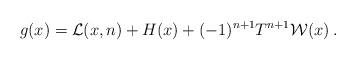
LaTeX: \begin{align*}g(x)=\mathcal{L}(x,n)+H(x)+(-1)^{n+1}T^{n+1}\mathcal{W}(x)\:.\end{align*}